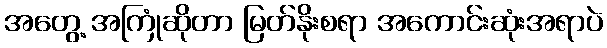
အတွေ့ အကြုံဆိုတာ မြတ်နိုးစရာ အကောင်းဆုံးအရာပဲ